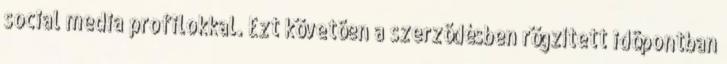
social media profilokkal. Ezt követõen a szerzõdésben rögzített idõpontban